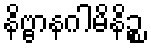
နိဗ္ဗာနဂါမိနိဉ္စ